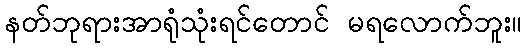
နတ်ဘုရားအာရုံသုံးရင်တောင် မရလောက်ဘူး။